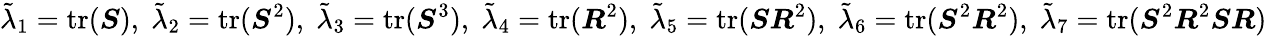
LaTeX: \tilde{\lambda}_{1}=\operatorname{tr}(\boldsymbol{S}),\; \tilde{\lambda}_{2}=\operatorname{tr}(\boldsymbol{S}^{2}),\; \tilde{\lambda}_{3}=\operatorname{tr}(\boldsymbol{S}^{3}),\; \tilde{\lambda}_{4}=\operatorname{tr}(\boldsymbol{R}^{2}),\; \tilde{\lambda}_{5}=\operatorname{tr}(\boldsymbol{S}\boldsymbol{R}^{2}),\; \tilde{\lambda}_{6}=\operatorname{tr}(\boldsymbol{S}^{2}\boldsymbol{R}^{2}),\; \tilde{\lambda}_{7}=\operatorname{tr}(\boldsymbol{S}^{2}\boldsymbol{R}^{2}\boldsymbol{S}\boldsymbol{R})